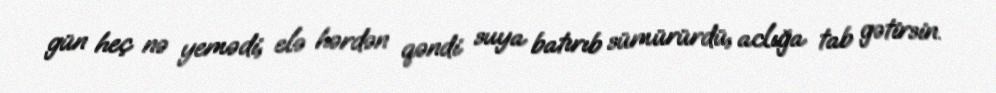
gün heç nə yemədi, elə hərdən qəndi suya batırıb sümürürdü, aclığa tab gətirsin.